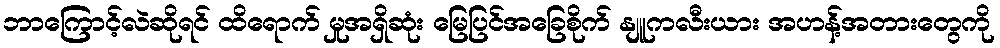
ဘာကြောင့်လဲဆိုရင် ထိရောက် မှုအရှိဆုံး မြေပြင်အခြေစိုက် နျူကလီးယား အဟန့်အတားတွေကို